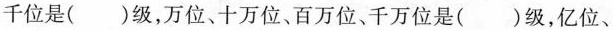
千位是()级，万位、十万位、百万位、千万位是()级，亿位、